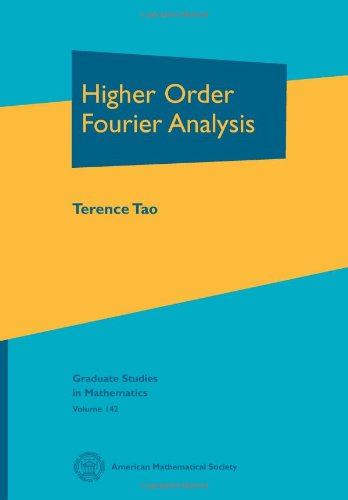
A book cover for Higher Order Fourier Analysis (Graduate Studies in Mathematics); Terence Tao; Science & Math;